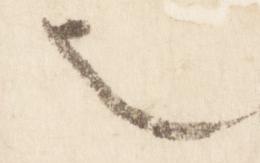
也